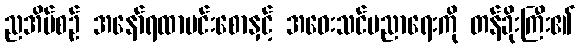
ညအိပ်စဉ် အနော်ရထာမင်းစောနှင့် အဝေးသင်ပညာရေးကို တန်ခိုးကြီး၏